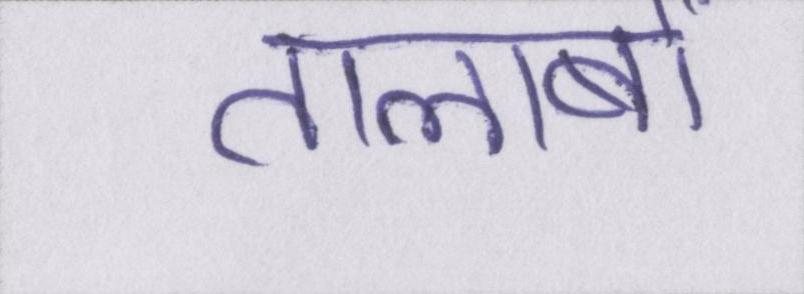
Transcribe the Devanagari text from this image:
तालाबों